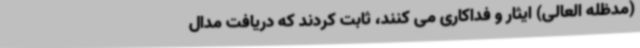
(مدظله العالی) ایثار و فداکاری می کنند، ثابت کردند که دریافت مدال